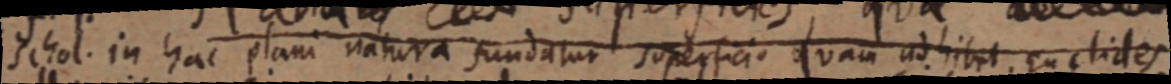
schol. in hac plani natura fundatur superficio quam ad hibet. Euclides